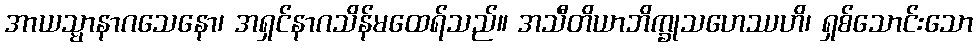
အာယသ္မာနာဂသေနော၊ အရှင်နာဂသိန်မထေရ်သည်။ အသီတိယာဘိက္ခုသဟေဿဟိ၊ ရှစ်သောင်းသော